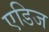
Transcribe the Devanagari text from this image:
एडिज